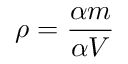
\rho = { \frac { \alpha m } { \alpha V } }